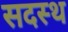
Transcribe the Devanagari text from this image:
सदस्थ